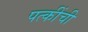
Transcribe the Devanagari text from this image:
पत्कींची